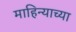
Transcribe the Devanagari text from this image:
माहिन्याच्या